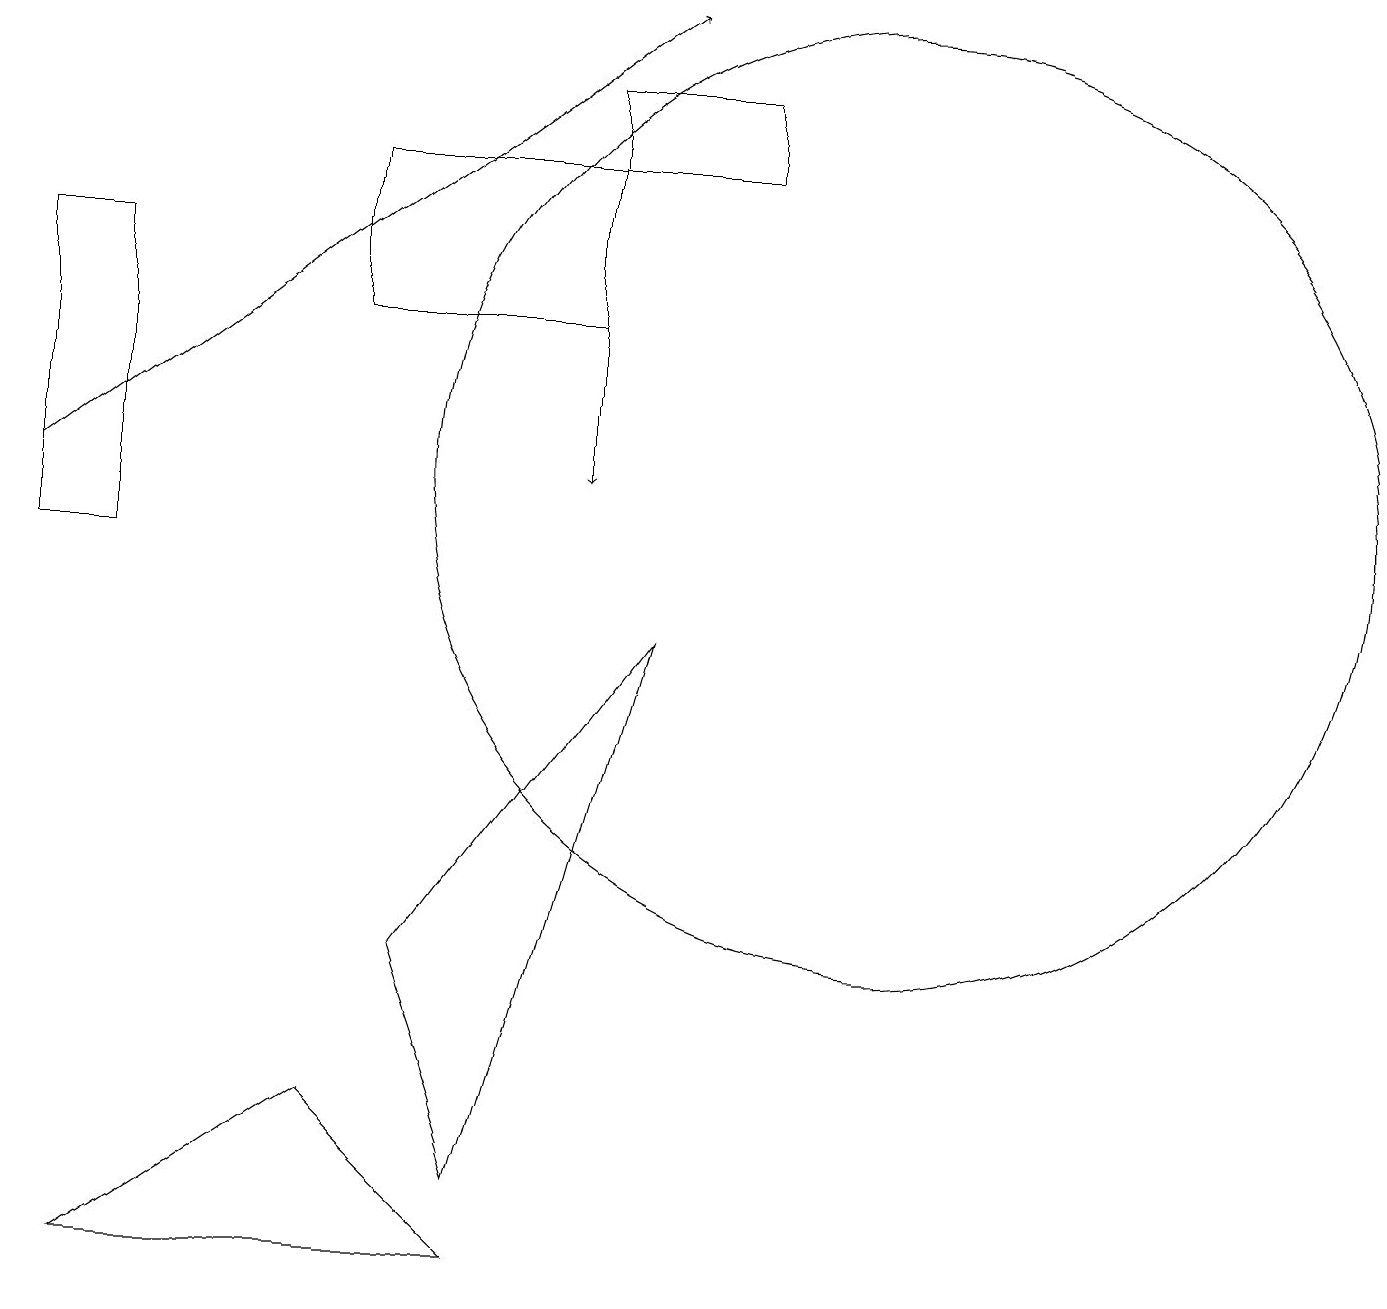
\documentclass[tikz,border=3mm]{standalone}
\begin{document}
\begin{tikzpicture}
\draw (4,15) rectangle (7,13);
\draw (11,11) circle (6);
\draw[->] (7,13) -- (7,11);
\draw (0,14) rectangle (1,10);
\draw (6,1) -- (4,3) -- (1,1) -- cycle;
\draw (6,2) -- (5,5) -- (8,9) -- cycle;
\draw (9,15) rectangle (7,16);
\draw[->] (0,11) -- (8,17);
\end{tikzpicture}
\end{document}